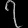
Digit: ၇